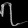
Digit: ၇